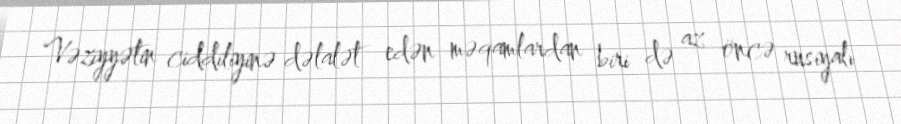
Vəziyyətin ciddiliyinə dəlalət edən məqamlardan biri də az öncə rusiyalı